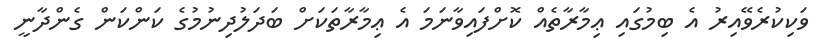
ވަކިކުރެވޭއިރު އެ ބިމުގައި ޢިމާރާތެއް ކޮށްފައިވާނަމަ އެ ޢިމާރާތަކަށް ބަދަލުދިނުމުގެ ކަންކަން ގެންދާނީ